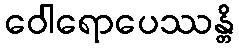
ဝေါရောပေဿန္တိ